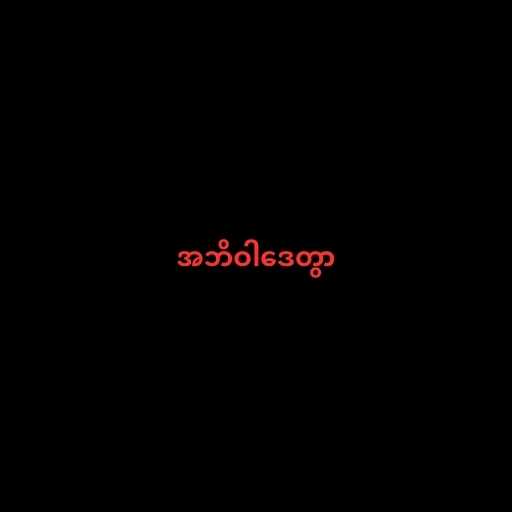
အဘိဝါဒေတွာ